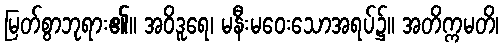
မြတ်စွာဘုရား၏။ အဝိဒူရေ၊ မနီးမဝေးသောအရပ်၌။ အတိက္ကမတိ၊